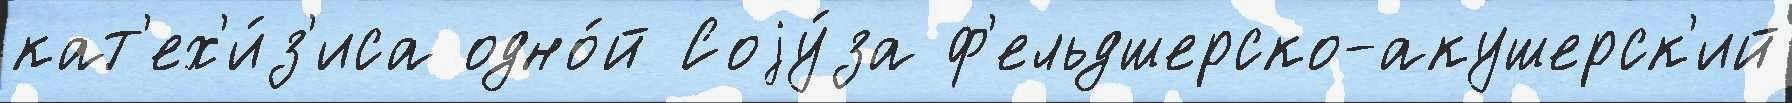
кат'ех'и́з'иса одно́й Соjу́за ф'ельдшерско-акушерск'ий